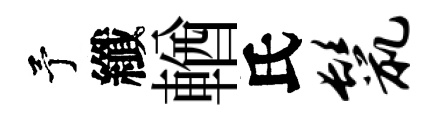
予纖輶氏鬣